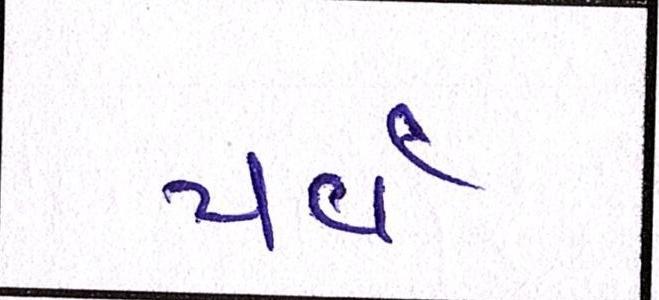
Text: પર્વ